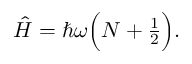
\begin{array} { r } { \hat { H } = \hbar \omega \Big ( N + \frac { 1 } { 2 } \Big ) . } \end{array}